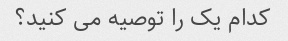
کدام یک را توصیه می کنید؟